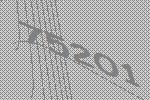
75201